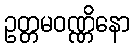
ဥတ္တမဝဏ္ဏိနော